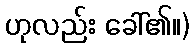
ဟုလည်း ခေါ်၏။)